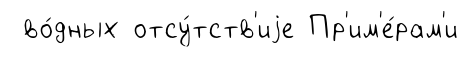
во́дных отсу́тств'иjе Пр'им'е́рам'и